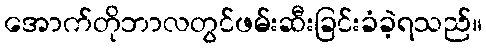
အောက်တိုဘာလတွင်ဖမ်းဆီးခြင်းခံခဲ့ရသည်။